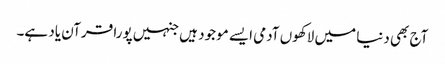
آج بھی دنیا میں لاکھوں آدمی ایسے موجود ہیں جنہیں پورا قرآن یاد ہے۔